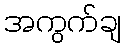
အကွက်ချ